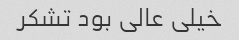
خیلی عالی بود تشکر